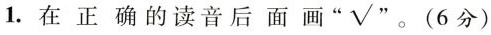
1.在正确的读音后面画“√”。（6分）